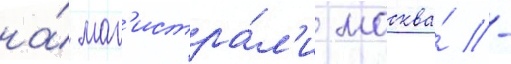
на́ маг'истра́л'и москва́ -